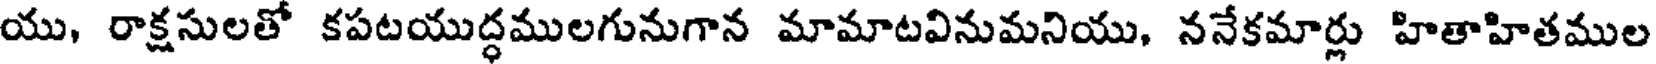
యు, రాక్షసులతో కపటయుద్ధములగునుగాన మామాటవినుమనియు, ననేకమార్లు హితాహితముల